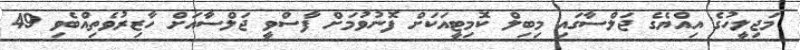
މަޖިލީހުގެ އިއްޔެގެ ޖަލްސާގައި މިބިލް ކޮމިޓީއަކަށް ފޮނުވުމަށް ފާސްވީ ޖަލްސާއަށް ހާޒިރުވެތިއްބެވި 49